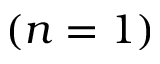
( n = 1 )